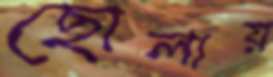
ছোলায়